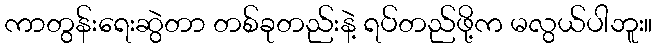
ကာတွန်းရေးဆွဲတာ တစ်ခုတည်းနဲ့ ရပ်တည်ဖို့က မလွယ်ပါဘူး။